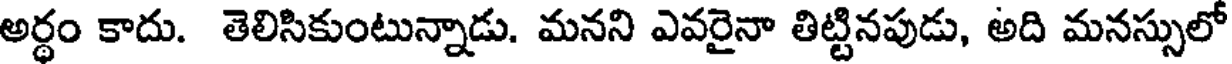
అర్ధం కాదు. తెలిసికుంటున్నాడు. మనని ఎవరైనా తిట్టినపుడు, అది మనస్సులో